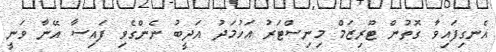
އެނގިފައިވާ ގޮތުން ޓޫރިޒަމް މިނިސްޓަރު އަހުމަދު އަދީބު ނެންގެވި ފައިސާ އޭނާ ވަނީ